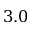
3 . 0